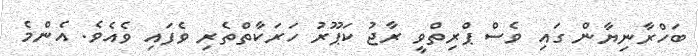
ބަހްރާނިޔާން ގައި ވެސް ޕްރިތްވީ ރާޖު ކަޕޫރު ހަރަކާތްތެރި ވެފައި ވެއެވެ. އެންމެ